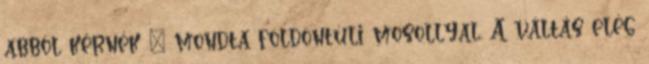
abból kérnék – mondta földöntúli mosollyal. A váltás elég